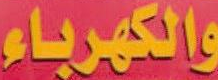
والكهرباء